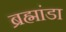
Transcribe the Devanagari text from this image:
ब्रह्मांडा